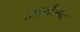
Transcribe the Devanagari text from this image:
तफ़सीलन